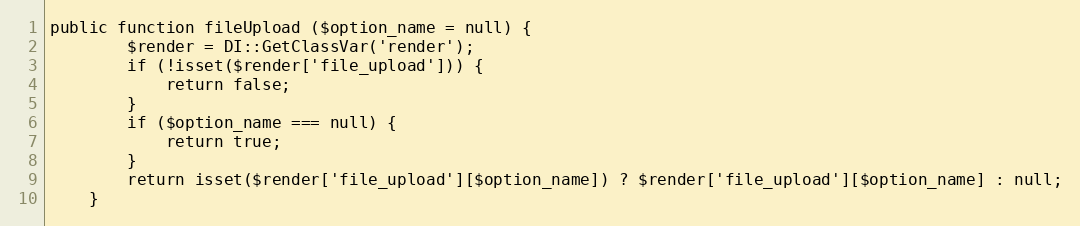
Language: PHP
public function fileUpload ($option_name = null) {
		$render = DI::GetClassVar('render');
		if (!isset($render['file_upload'])) {
			return false;
		}
		if ($option_name === null) {
			return true;
		}
		return isset($render['file_upload'][$option_name]) ? $render['file_upload'][$option_name] : null;
	}